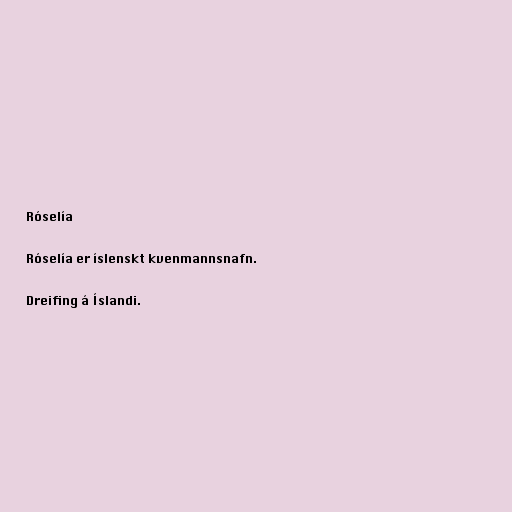
Róselía

Róselía er íslenskt kvenmannsnafn.

Dreifing á Íslandi.